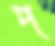
প্